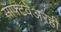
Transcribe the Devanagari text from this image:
सॉफ्टवेअरही